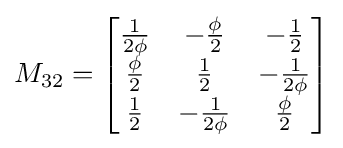
M_{32}={\begin{bmatrix}{\frac {1}{2\phi }}&-{\frac {\phi }{2}}&-{\frac {1}{2}}\\{\frac {\phi }{2}}&{\frac {1}{2}}&-{\frac {1}{2\phi }}\\{\frac {1}{2}}&-{\frac {1}{2\phi }}&{\frac {\phi }{2}}\end{bmatrix}}